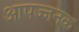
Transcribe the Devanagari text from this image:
आपज्जनक